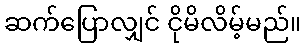
ဆက်ပြောလျှင် ငိုမိလိမ့်မည်။